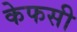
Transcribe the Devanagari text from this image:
केफसी